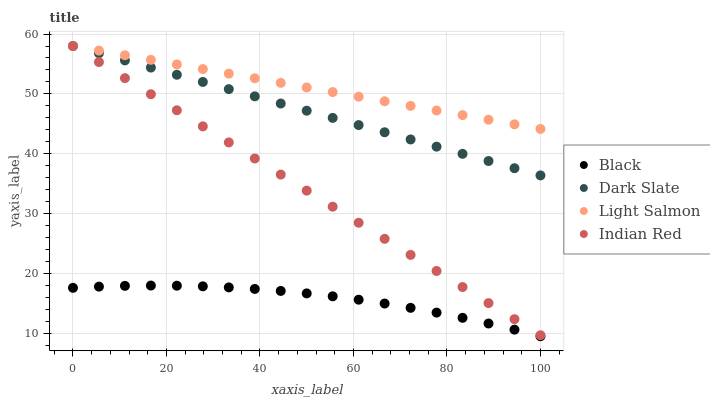
| xaxis_label | Black | Dark Slate | Light Salmon | Indian Red |
 | --- | --- | --- | --- | --- |
 | 0 | 17.7 | 58 | 58 | 58 |
 | 5.56 | 17.9 | 56.8 | 57.2 | 55.3 |
 | 11.1 | 18 | 55.6 | 56.5 | 52.6 |
 | 16.7 | 18 | 54.4 | 55.7 | 50 |
 | 22.2 | 18 | 53.2 | 54.9 | 47.3 |
 | 27.8 | 17.9 | 52 | 54.2 | 44.6 |
 | 33.3 | 17.7 | 50.8 | 53.4 | 41.9 |
 | 38.9 | 17.5 | 49.6 | 52.6 | 39.2 |
 | 44.4 | 17.1 | 48.4 | 51.9 | 36.6 |
 | 50 | 16.7 | 47.2 | 51.1 | 33.9 |
 | 55.6 | 16.2 | 46 | 50.3 | 31.2 |
 | 61.1 | 15.7 | 44.8 | 49.5 | 28.5 |
 | 66.7 | 15 | 43.6 | 48.8 | 25.8 |
 | 72.2 | 14.3 | 42.4 | 48 | 23.2 |
 | 77.8 | 13.5 | 41.2 | 47.2 | 20.5 |
 | 83.3 | 12.7 | 40 | 46.5 | 17.8 |
 | 88.9 | 11.7 | 38.8 | 45.7 | 15.1 |
 | 94.4 | 10.7 | 37.6 | 44.9 | 12.4 |
 | 100 | 9.58 | 36.4 | 44.2 | 9.75 |